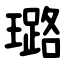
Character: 璐